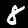
Digit: 8